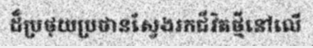
ដ៏ប្រថុយប្រថានស្វែងរកជីវិតថ្មីនៅលើ